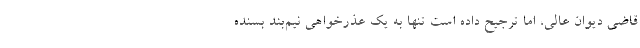
قاضی دیوان عالی، اما ترجیح داده است تنها به یک عذرخواهی نیم‌بند بسنده